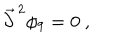
LaTeX: { \vec { \partial } } ^ { \, 2 } \phi _ { 9 } = 0 \ ,